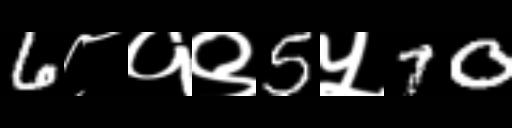
Text: 6८१९5५70